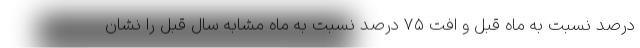
درصد نسبت به ماه قبل و افت ۷۵ درصد نسبت به ماه مشابه سال قبل را نشان